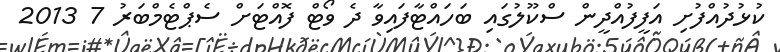
ކުޅުދުއްފުށި އަފީފުއްދީން ސްކޫލުގައި ބަހައްޓާފައިވާ ދެ ވޯޓް ފޮއްޓަށް ސެޕްޓެމްބަރު 7 2013